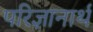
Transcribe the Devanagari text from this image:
परिज्ञानार्थ